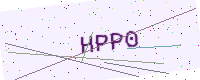
Text: HPP0